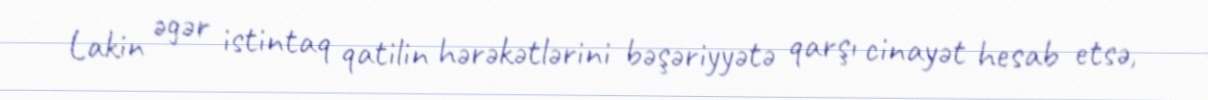
Lakin əgər istintaq qatilin hərəkətlərini bəşəriyyətə qarşı cinayət hesab etsə,